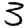
Digit: 3